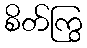
စိတ်ကြွ